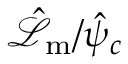
\hat { \mathcal { L } } _ { \mathrm { m } } / \hat { \psi } _ { c }